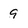
Character: 9